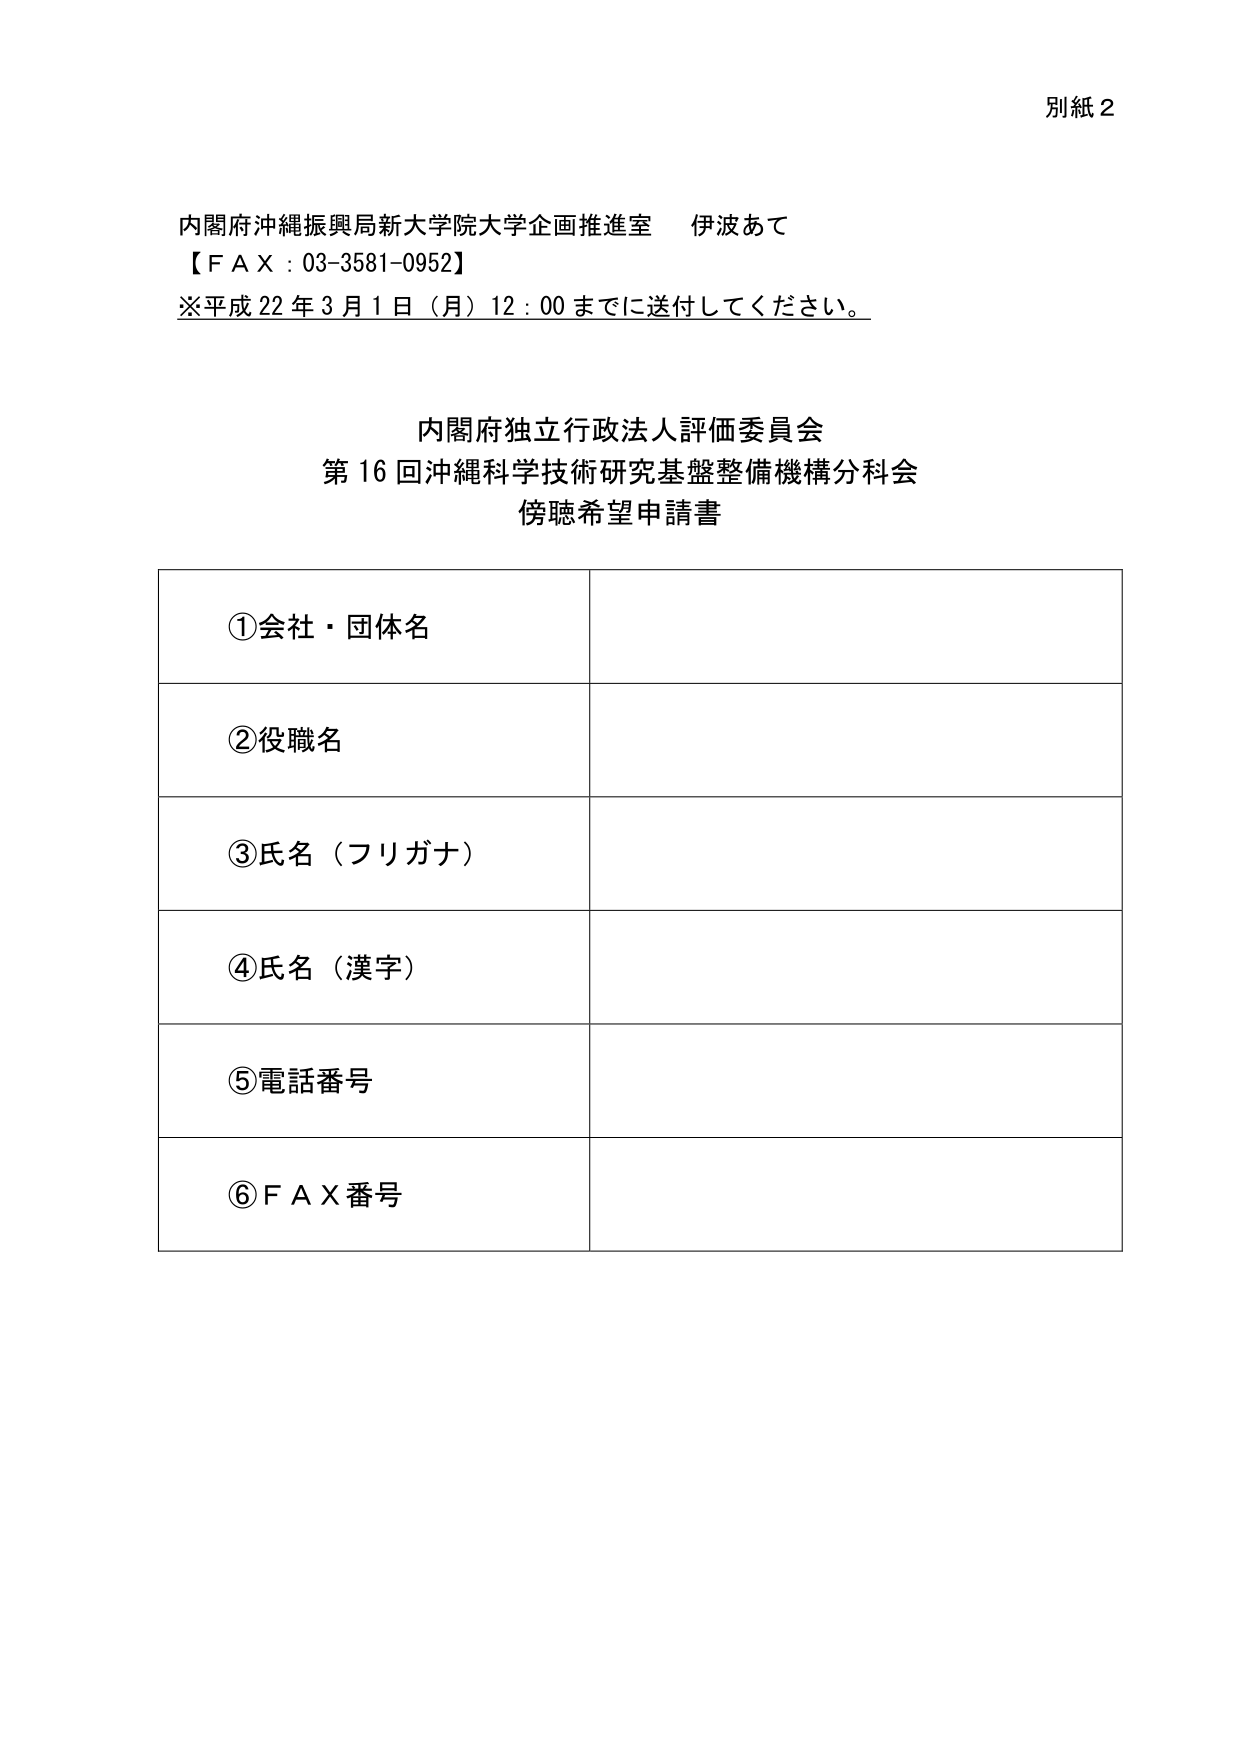
別紙２

内閣府沖縄振興局新大学院大学企画推進室　伊波あて
【ＦＡＸ：03-3581-0952】
※平成22年3月1日（月）12：00までに送付してください。

内閣府独立行政法人評価委員会
第16回沖縄科学技術研究基盤整備機構分科会
傍聴希望申請書

①会社・団体名

②役職名

③氏名（フリガナ）

④氏名（漢字）

⑤電話番号

⑥ＦＡＸ番号